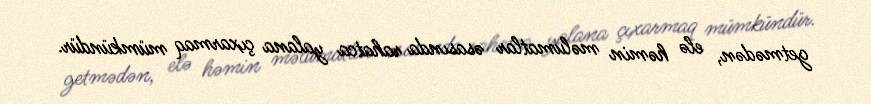
getmədən, elə həmin məlumatlar əsasında rahatca yalana çıxarmaq mümkündür.